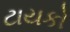
ટાયકો